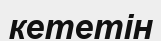
кететін